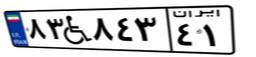
۸۹W۳۰۸۳۲